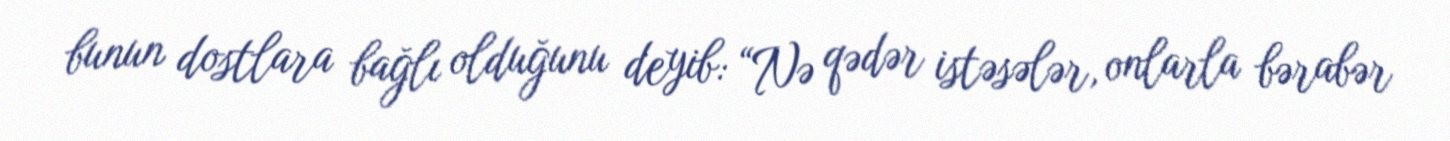
bunun dostlara bağlı olduğunu deyib: “Nə qədər istəsələr, onlarla bərabər